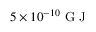
5 \times 1 0 ^ { - 1 0 } \mathrm { ~ G ~ J ~ }